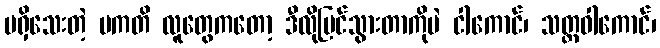
မရှိသေးတဲ့ ပကတိ လူတွေကတော့ ဒီလိုမြင်သွားတာကိုပဲ ငါကောင်၊ သတ္တဝါကောင်၊